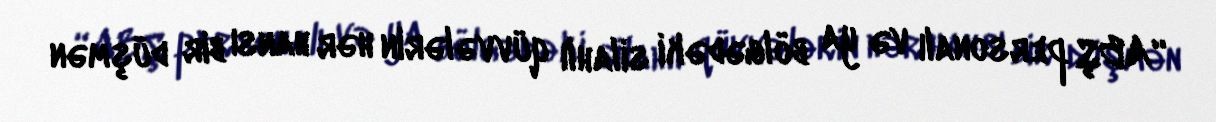
“ABŞ personalı və ya bölgədəki silahlı qüvvələrin hər hansı bir düşmən